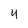
Character: 4